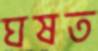
ঘষত